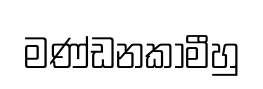
මණ්ඩනකාමීහු